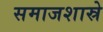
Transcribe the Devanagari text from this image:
समाजशास्रे